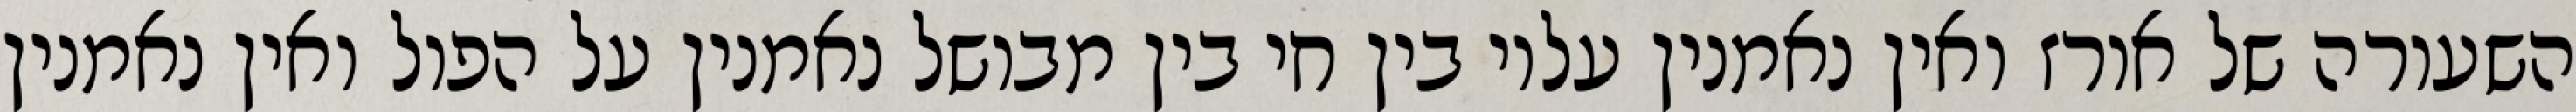
השעורה של אורז ואין נאמנין עליו בין חי בין מבושל נאמנין על הפול ואין נאמנין